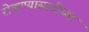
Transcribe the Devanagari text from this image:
रोखण्यासाठीच्या